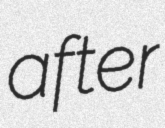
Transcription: after